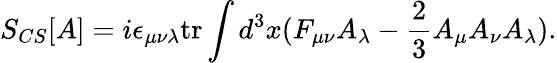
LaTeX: S_{CS}[A]=i\epsilon_{\mu\nu\lambda}\mathrm{tr}\int d^{3}x(F_{\mu\nu}A_{\lambda}-\frac{2}{3}A_{\mu}A_{\nu}A_{\lambda}).